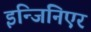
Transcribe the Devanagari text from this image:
इन्जिनिएर